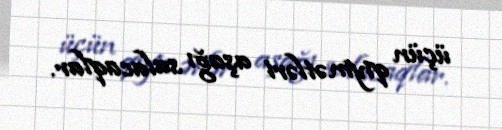
üçün qiymətləri aşağı salacaqlar.